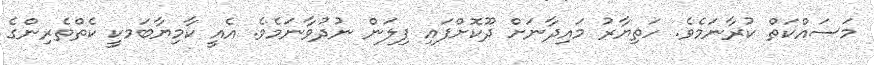
މަސައްކަތް ކުރާނަމެވެ. ހަތިޔާރު މައިދާނަށް ދޫކޮށްފައި ފިލަން ނުދުވާނަމެވެ. އެއީ ކާމިޔާބަމކީ ކެތްތެރިންގެ